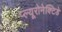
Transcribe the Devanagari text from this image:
प्ल्यूरोनेक्टिडे